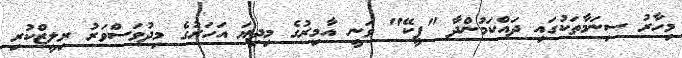
މިހާރު ސިނަމާތަކުގައި ދައްކަމުންދާ "ޕީކޭ" ވަނީ އާމިރުގެ މިދިޔަ އަހަރުގެ މިދުވަސްވަރު ރިލީޒްކުރި